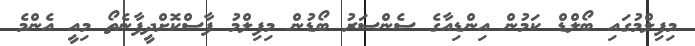
މިފިލްމުގައި ބޯލްޑް ކަމުން އިންޑިއާގެ ސެންސަރު ބޯޑުން މިފިލްމު ފާސްކޮށްދީފާނެތޯ މިއީ އެންމެ